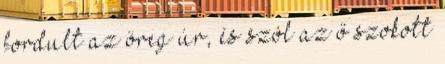
fordult az öreg úr, és szól az ő szokott